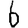
Digit: 6